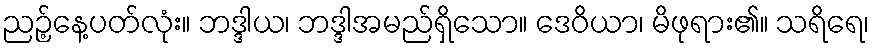
ညဉ့်နေ့ပတ်လုံး။ ဘဒ္ဒါယ၊ ဘဒ္ဒါအမည်ရှိသော။ ဒေဝိယာ၊ မိဖုရား၏။ သရိရေ၊